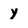
Character: y